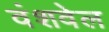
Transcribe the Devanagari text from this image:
वंशवेल